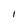
Character: 1